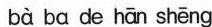
bà ba de hān shēng